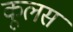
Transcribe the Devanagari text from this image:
कूलस